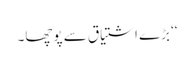
‘‘ بڑے اشتیاق سے پوچھا۔